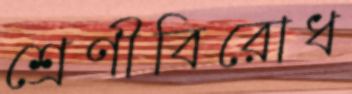
শ্রেণীবিরোধ